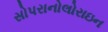
સોપરાનોલોરાઇન